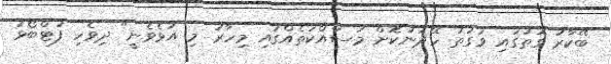
ބޭކާރު ގޮތުގައި ވަގުތު ހޭދަނުކޮށް މަސައްކަތެއްގައި މިހާރު މި އުޅެވެނީ" ދިވެހި ފުޓްބޯޅަ